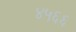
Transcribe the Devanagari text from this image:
४५६६